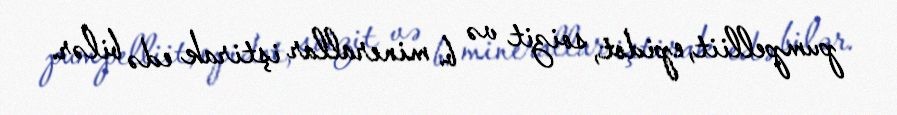
pumpelliit, epidot, soizit və b. minerallar iştirak edə bilər.